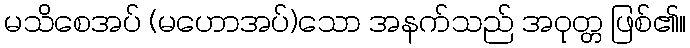
မသိစေအပ် (မဟောအပ်)သော အနက်သည် အဝုတ္တ ဖြစ်၏။